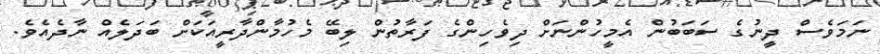
ނަމަވެސް ދީނުގެ ސަބަބުން އެމީހުންނަށް ދިވެހިންގެ ފަރާތުން ލިބޭ މެހުމާންދާރީއަކަށް ބަދަލެއް ނާދެއެވެ.